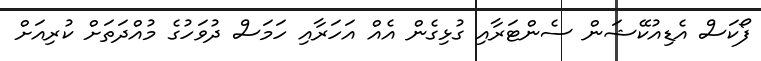
ފޯކަސް އެޑިއުކޭޝަން ސެންޓަރާއި ގުޅިގެން އެއް އަހަރާއި ހަމަސް ދުވަހުގެ މުއްދަތަށް ކުރިއަށް